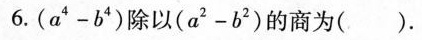
6.（a^4-b^4）除以(a^2-b^2)的商为（）.